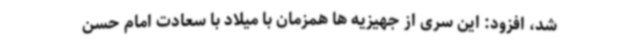
شد، افزود: این سری از جهیزیه ها همزمان با میلاد با سعادت امام حسن